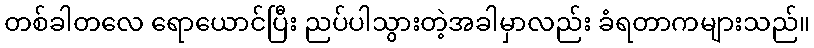
တစ်ခါတလေ ရောယောင်ပြီး ညပ်ပါသွားတဲ့အခါမှာလည်း ခံရတာကများသည်။